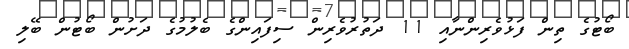
ބޯޓުގެ ތިން ފަޅުވެރިންނާއި 11 ދަތުރުވެރިން ސިފައިންގެ ބެލުމުގެ ދަށުން ބޯޓުން ބޭލި